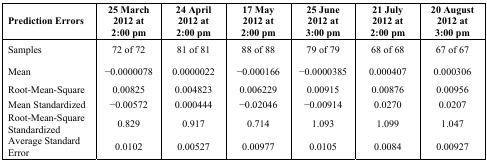
| Prediction Errors | 25 March 2012 at 2:00 pm | 24 April 2012 at 2:00 pm | 17 May 2012 at 2:00 pm | 25 June 2012 at 3:00 pm | 21 July 2012 at 2:00 pm | 20 August 2012 at 3:00 pm |
 | --- | --- | --- | --- | --- | --- | --- |
 | Samples | 72 of 72 | 81 of 81 | 88 of 88 | 79 of 79 | 68 of 68 | 67 of 67 |
 | Mean | −0.0000078 | 0.0000022 | −0.000166 | −0.0000385 | 0.000407 | 0.000306 |
 | Root-Mean-Square | 0.00825 | 0.004823 | 0.006229 | 0.00915 | 0.00876 | 0.00956 |
 | Mean Standardized | −0.00572 | 0.000444 | −0.02046 | −0.00914 | 0.0270 | 0.0207 |
 | Root-Mean-Square Standardized | 0.829 | 0.917 | 0.714 | 1.093 | 1.099 | 1.047 |
 | Average Standard Error | 0.0102 | 0.00527 | 0.00977 | 0.0105 | 0.0084 | 0.00927 |